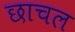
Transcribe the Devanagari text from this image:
छाचल